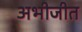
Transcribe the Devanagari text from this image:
अभीजीत